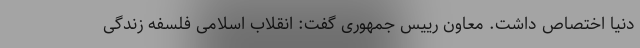
دنیا اختصاص داشت. معاون رییس جمهوری گفت: انقلاب اسلامی فلسفه زندگی